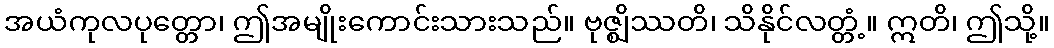
အယံကုလပုတ္တော၊ ဤအမျိုးကောင်းသားသည်။ ဗုဇ္ဈိဿတိ၊ သိနိုင်လတ္တံ့။ ဣတိ၊ ဤသို့။